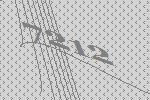
7212